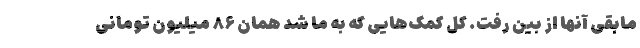
مابقی آنها از بین رفت. کل کمک‌هایی که به ما شد همان ۸۶ میلیون تومانی